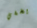
يخفي